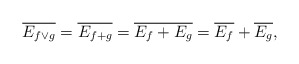
\begin{align*}\overline{E_{f\lor g}} = \overline{E_{f+g}} = \overline{E_f + E_g} = \overline{E_f} + \overline{E_g},\end{align*}